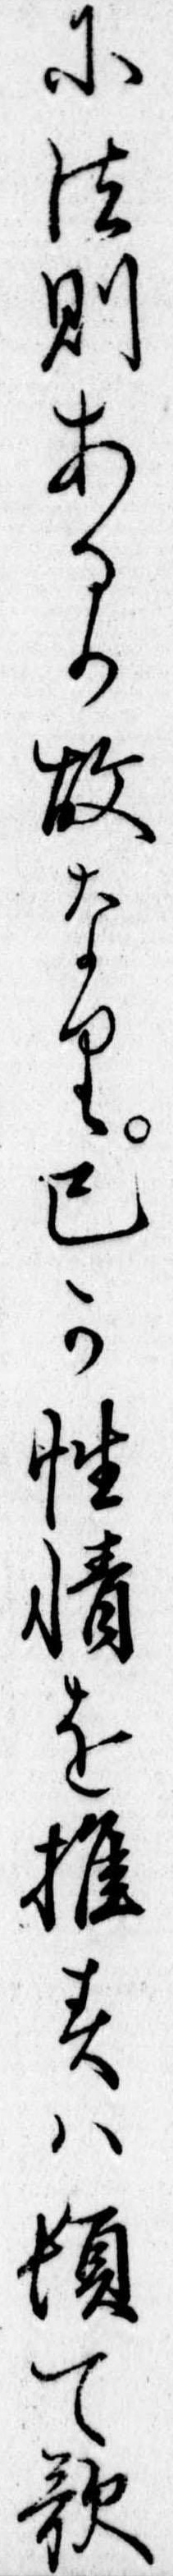
に法則あるか故なり己か性情を推すは頓て歌